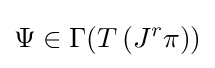
\Psi \in \Gamma (T\left(J^{r}\pi \right))